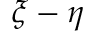
\xi - \eta